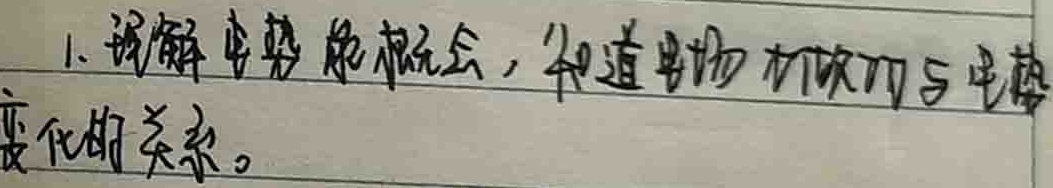
1.理解电势能概念，知道电场力做功与电势
变化的关系。